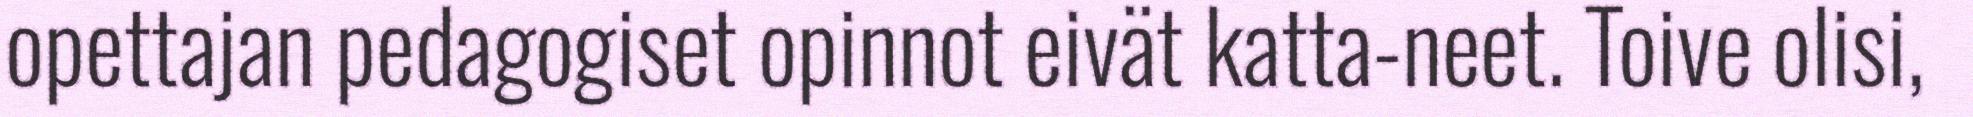
opettajan pedagogiset opinnot eivät katta-neet. Toive olisi,